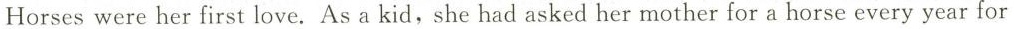
Horses were her first love. As a kid,she had asked her mother for a horse every year for